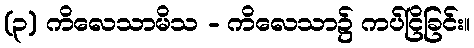
(၃) ကိလေသာမိသ - ကိလေသာ၌ ကပ်ငြိခြင်း။